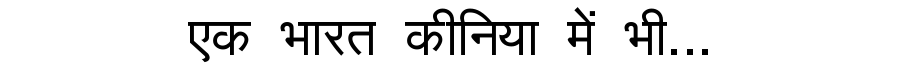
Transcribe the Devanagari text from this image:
एक भारत कीनिया में भी...